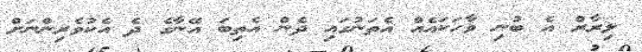
ލިރާރް އެ ބުނި ވާހަކައެއް އެތަނުގައި ދެން އެތިބަ އޭނާގެ ދެ އެކުވެރިންނަށް